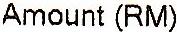
AMOUNT(RM)